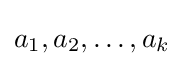
a_{1},a_{2},\ldots ,a_{k}